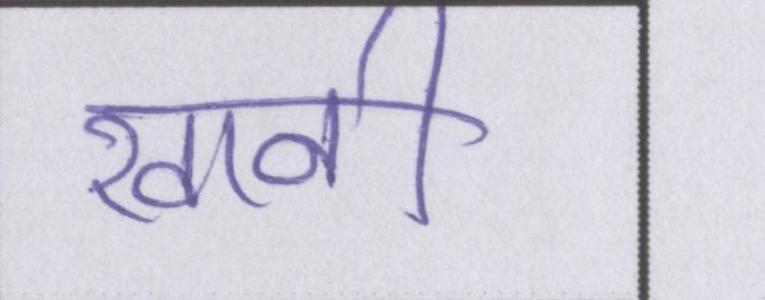
खानी